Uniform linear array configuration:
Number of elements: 48
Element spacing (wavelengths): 0.75
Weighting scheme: cosine
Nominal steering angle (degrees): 15
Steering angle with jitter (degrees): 13.644
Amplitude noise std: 0.05
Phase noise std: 0.05

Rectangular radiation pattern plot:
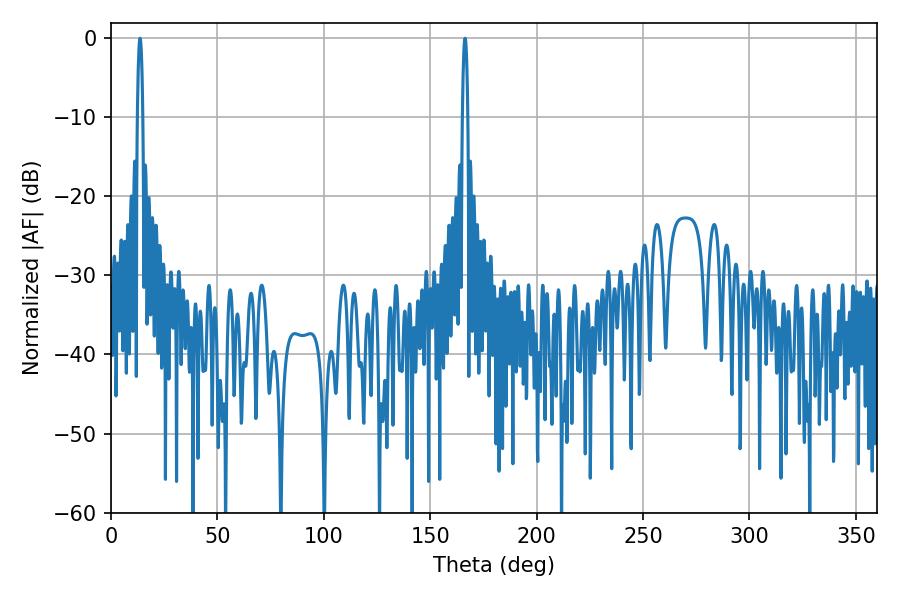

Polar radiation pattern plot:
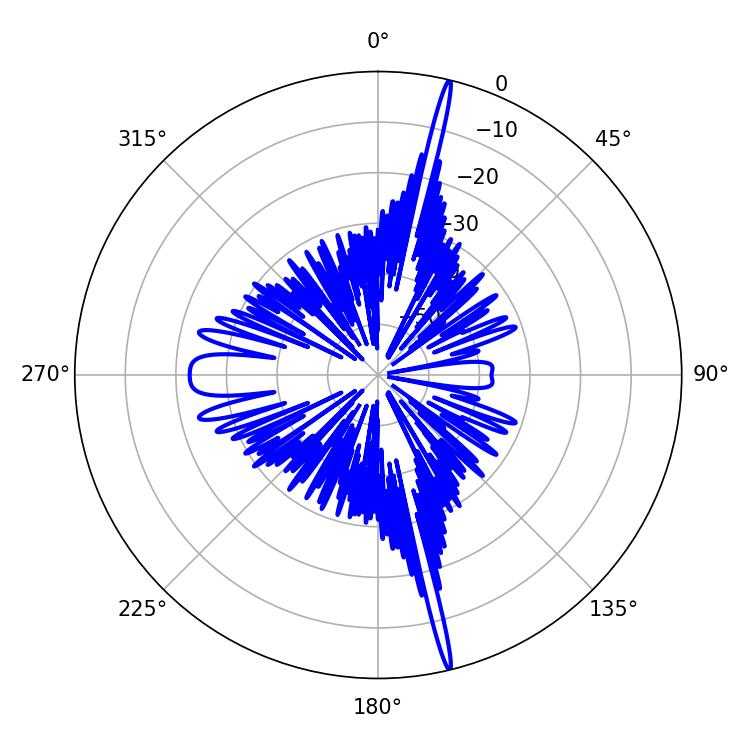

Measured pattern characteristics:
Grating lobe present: TRUE
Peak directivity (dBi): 22.353
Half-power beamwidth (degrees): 1.44
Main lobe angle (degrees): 13.68